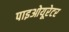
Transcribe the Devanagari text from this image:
पाइओयूरेटर